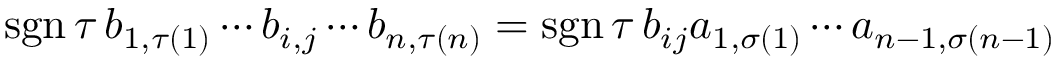
\operatorname { s g n } \tau \, b _ { 1 , \tau ( 1 ) } \cdots b _ { i , j } \cdots b _ { n , \tau ( n ) } = \operatorname { s g n } \tau \, b _ { i j } a _ { 1 , \sigma ( 1 ) } \cdots a _ { n - 1 , \sigma ( n - 1 ) }